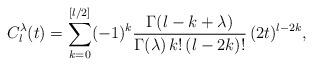
LaTeX: \begin{align*}C_l^\lambda(t)=\sum_{k=0}^{[l/2]} (-1)^k\frac{\Gamma(l-k+\lambda)}{\Gamma(\lambda)\,k!\,(l-2k)!}\,(2t)^{l-2k},\end{align*}